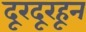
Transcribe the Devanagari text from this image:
दूरदूरहून